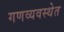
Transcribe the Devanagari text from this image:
गणव्यवस्थेत